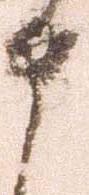
申